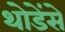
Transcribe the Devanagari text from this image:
थोडेंसे